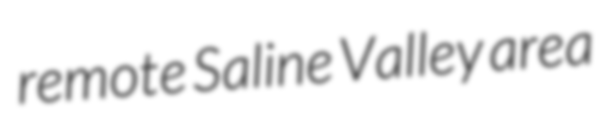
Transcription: remote Saline Valley area